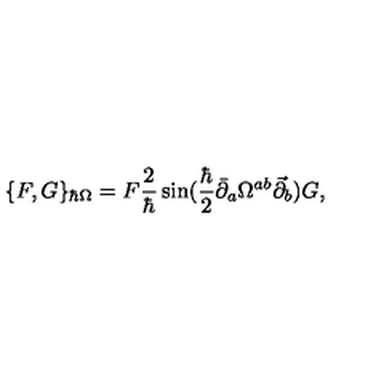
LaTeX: \{ F , G \} _ { \hbar \Omega } = F \frac { 2 } { \hbar } \sin ( \frac { \hbar } { 2 } \bar { \partial } _ { a } \Omega ^ { a b } \vec { \partial } _ { b } ) G ,